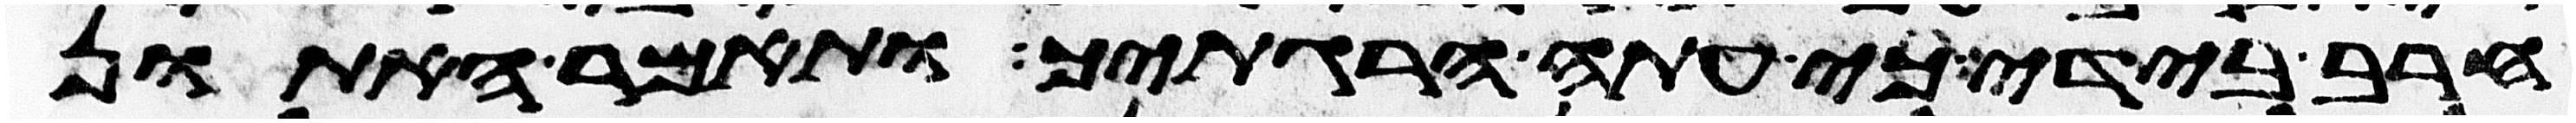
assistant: חרב בידי כי עתה הרגתיך ותאמר האתון